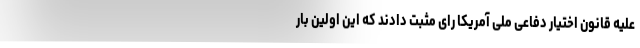
علیه قانون اختیار دفاعی ملی آمریکا رای مثبت دادند که این اولین بار